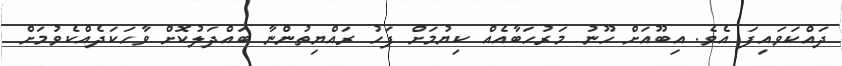
ދައްކަވައިފަ އެވެ. އިބޫއަށް ހޫނު މަރުހަބާއެއް ކިޔުމަށް ފަހު ރައްޔިތުންނާ ބައްދަލުކޮށް ވާހަކަދެއްކެވުމަށް